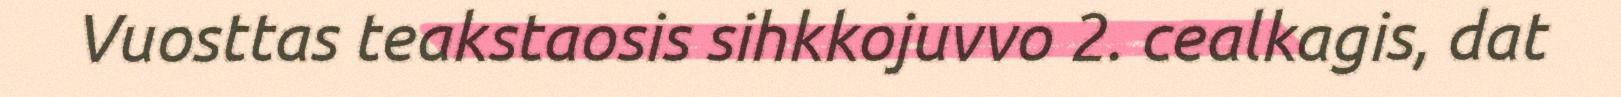
Vuosttas teakstaosis sihkkojuvvo 2. cealkagis, dat